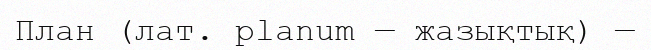
План (лат. planum — жазықтық) —